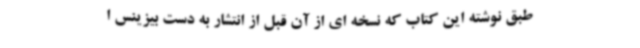
طبق نوشته این کتاب که نسخه ای از آن قبل از انتشار به دست بیزینس ا